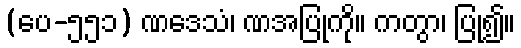
(ပေ-၅၅၁) ဏဒေသံ၊ ဏအပြုကို။ ကတွာ၊ ပြု၍။